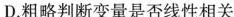
D.粗略判断变量是否线性相关